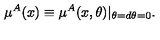
\mu ^ { A } ( x ) \equiv \mu ^ { A } ( x , \theta ) | _ { \theta = d \theta = 0 } .